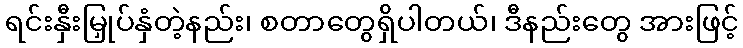
ရင်းနှီးမြှုပ်နှံတဲ့နည်း၊ စတာတွေရှိပါတယ်၊ ဒီနည်းတွေ အားဖြင့်